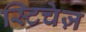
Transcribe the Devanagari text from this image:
स्टिचेज़